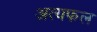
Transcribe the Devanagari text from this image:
अत्यफल